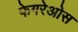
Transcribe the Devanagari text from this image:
फेगरेओस